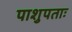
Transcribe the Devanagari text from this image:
पाशुपताः